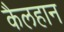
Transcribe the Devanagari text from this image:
कैलहान